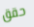
حقق